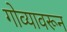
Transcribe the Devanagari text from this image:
गोव्यावरून